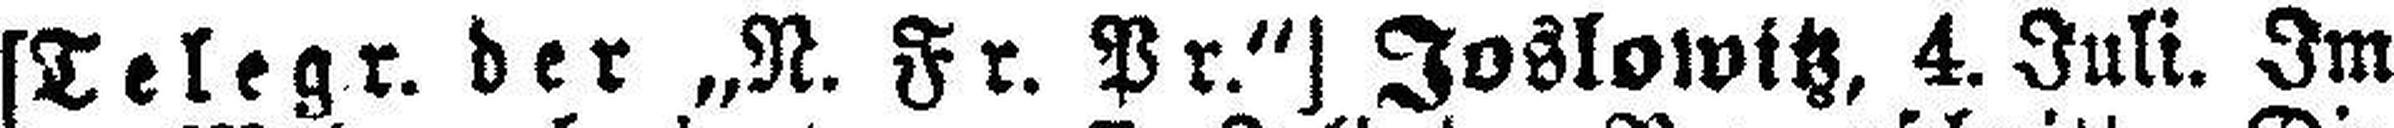
[Telegr. der „N. Fr. Pr.“] Joslowitz, 4. Juli. Im